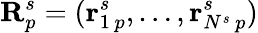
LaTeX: \mathbf R_{p}^{s}=(\mathbf r_{1\, p}^{s},\ldots,\mathbf r_{N^{s}\, p}^{s})